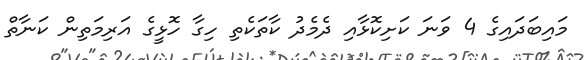
މައިބަދައިގެ 4 ވަނަ ކަށިކޮޅާއި ދެމެދު ކާތަކެތި ހިގާ ހޮޅީގެ އަރިމަތިން ކަނާތް